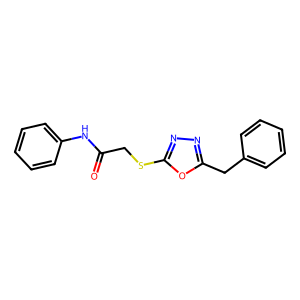
SMILES: O=C(CSc1nnc(Cc2ccccc2)o1)Nc1ccccc1
Inhibits HIV replication: No